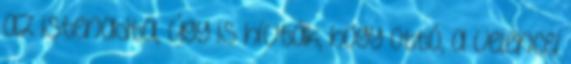
az istenadta, úgy is hívták, hogy Ottó, a velencei